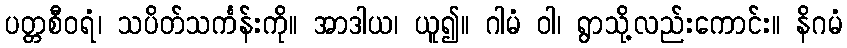
ပတ္တစီဝရံ၊ သပိတ်သင်္ကန်းကို။ အာဒါယ၊ ယူ၍။ ဂါမံ ဝါ၊ ရွာသို့လည်းကောင်း။ နိဂမံ